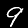
Label: 9